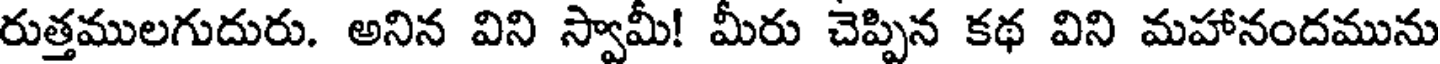
రుత్తములగుదురు. అనిన విని స్వామీ! మీరు చెప్పిన కథ విని మహానందమును